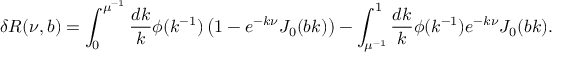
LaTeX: \delta R ( \nu , b ) = \int _ { 0 } ^ { \mu ^ { - 1 } } \frac { d k } { k } \phi ( k ^ { - 1 } ) \left( 1 - e ^ { - k \nu } J _ { 0 } ( b k ) \right) - \int _ { \mu ^ { - 1 } } ^ { 1 } \frac { d k } { k } \phi ( k ^ { - 1 } ) e ^ { - k \nu } J _ { 0 } ( b k ) .